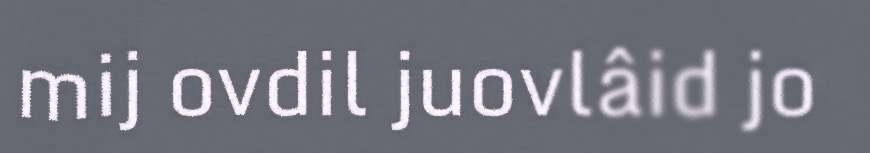
mij ovdil juovlâid jo